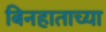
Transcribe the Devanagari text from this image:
बिनहाताच्या